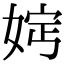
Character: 𡜷